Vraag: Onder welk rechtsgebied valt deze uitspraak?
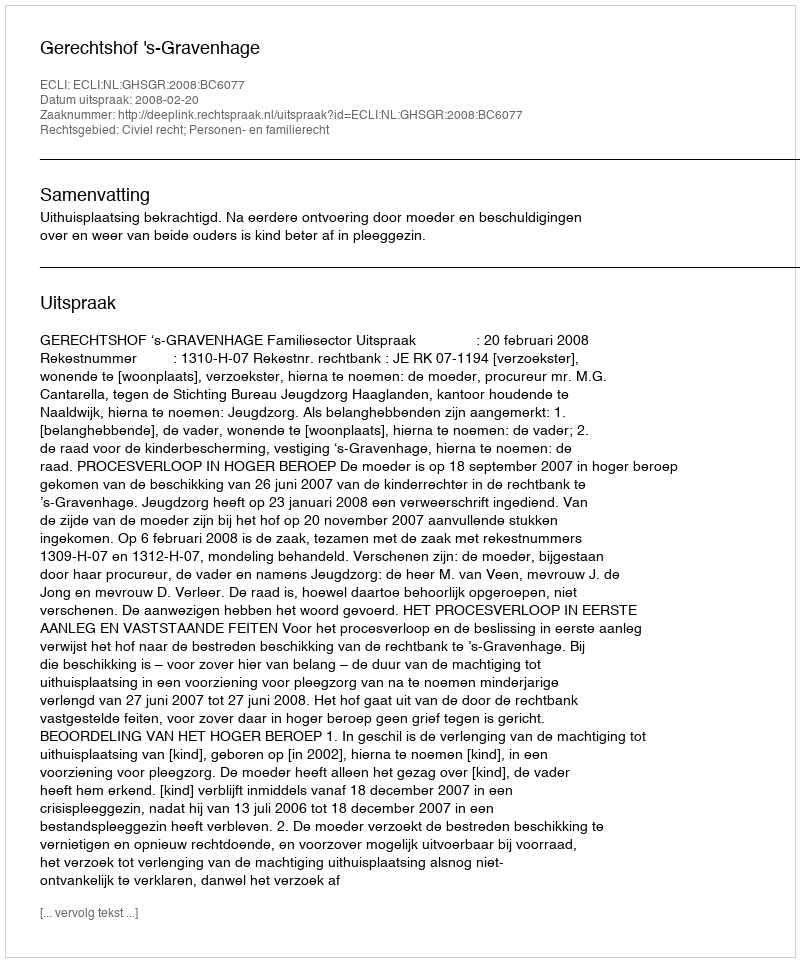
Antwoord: Civiel recht; Personen- en familierecht